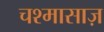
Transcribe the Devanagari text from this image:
चश्मासाज़